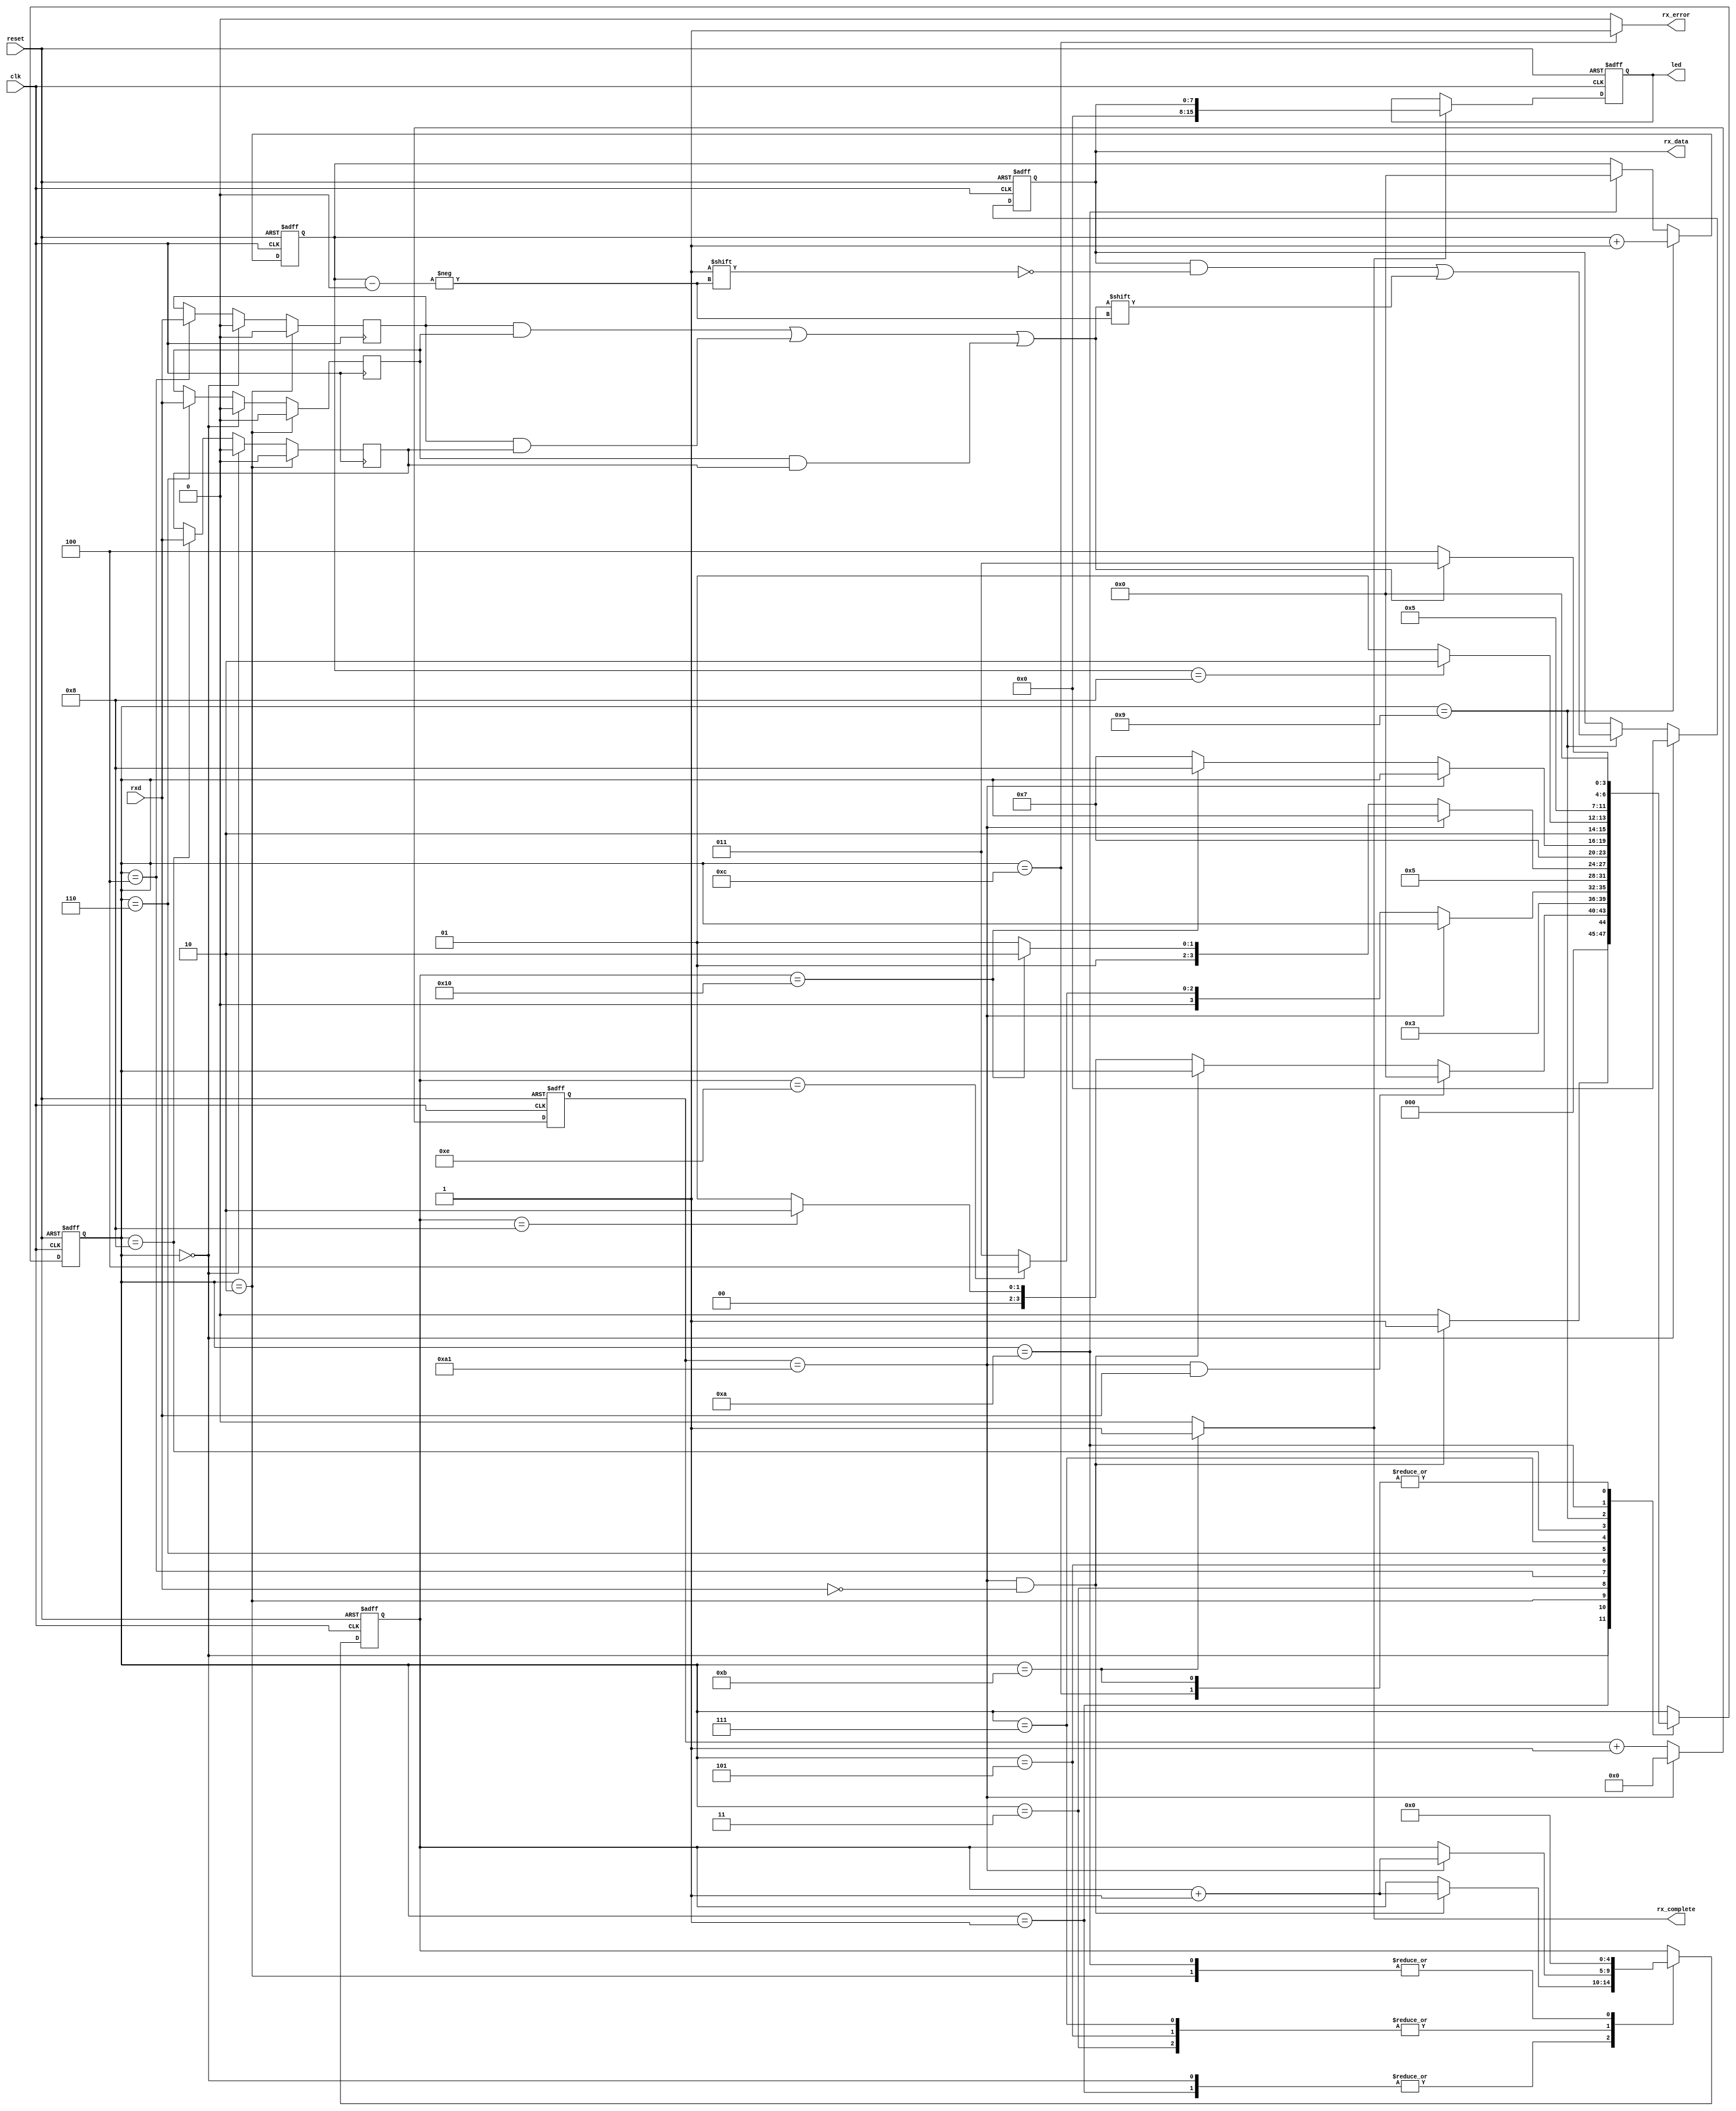
module uart_rx(
    input wire clk,
    input wire reset,
    input wire rxd,
    output reg [7:0] rx_data,
    output wire rx_complete,
    output wire rx_error,
    output reg [15:0] led
);

parameter sys_freq = 50000000; // 시스템 주파수, 50MHz 
parameter bps = 19200; // 보드레이트, 19200bps 
parameter division = 16; // 분주비, 16배

// State definition
parameter idle            = 4'd0;
parameter start_check     = 4'd1;
parameter cnt_2_rst       = 4'd2;
parameter first_wait      = 4'd3;
parameter first_sample    = 4'd4;
parameter second_wait     = 4'd5;
parameter second_sample   = 4'd6;
parameter third_wait      = 4'd7;
parameter third_sample    = 4'd8;
parameter data_decision   = 4'd9;
parameter stop_decision   = 4'd10;
parameter receive_complete = 4'd11;
parameter receive_error   = 4'd12;

reg [3:0] state, next_state;
reg [12:0] cnt_1;
reg [4:0] cnt_2;
reg [3:0] cnt_3;
reg b1, b2, b3;

// State register
always @(posedge clk or negedge reset) begin
    if (~reset)
        state <= idle;
    else
        state <= next_state;
end

// State transition logic
always @(state or cnt_1 or rxd or cnt_2 or cnt_3) begin
    case(state)
        idle : 
            if ((cnt_1 == (sys_freq/(bps*division)) - 1'b1) && (rxd == 1'b0))
                next_state = start_check;
            else
                next_state = idle;
        start_check : 
            if ((cnt_1 == (sys_freq/(bps*division)) - 1'b1) && (rxd == 1'b1))
                next_state = idle;
            else if ((cnt_1 == (sys_freq/(bps*division)) - 1'b1) && (rxd == 1'b0))
                next_state = state;
            else if (cnt_2 == 5'd8)
                next_state = cnt_2_rst;
            else
                next_state = start_check;
        cnt_2_rst : 
            next_state = first_wait;
        first_wait : 
            if ((cnt_1 == (sys_freq/(bps*division)) - 1'b1))
                next_state = state;
            else if (cnt_2 == 5'd14)
                next_state = first_sample;
            else
                next_state = first_wait;
        first_sample : 
            next_state = second_wait;
        second_wait : 
            if ((cnt_1 == (sys_freq/(bps*division)) - 1'b1))
                next_state = state;
            else if (cnt_2 == 5'd16)
                next_state = second_sample;
            else
                next_state = second_wait;
        second_sample : 
            next_state = third_wait;
        third_wait : 
            if ((cnt_1 == (sys_freq/(bps*division)) - 1'b1))
                next_state = state;
            else if (cnt_2 == 5'd16)
                next_state = third_sample;
            else
                next_state = third_wait;
        third_sample : 
            if (cnt_3 == 4'd8) // Include 8 data and 0 parity
                next_state = stop_decision;
            else
                next_state = data_decision;
        data_decision : 
            next_state = cnt_2_rst;
        stop_decision : 
            if (catch_bit == 1'b1)
                next_state = receive_complete;
            else
                next_state = receive_error;
        receive_complete : 
            next_state = idle;
        receive_error : 
            next_state = idle;
        default : next_state = state;
    endcase
end

//counter 1 Baudrate 보다 16배 빠른 속도로 데이터를 샘플링하기 위한 카운터
always @ (posedge clk or negedge reset) begin
    if (~reset)
        cnt_1 <= 0;
    else if ((cnt_1 == (sys_freq/(bps*division)) - 1'b1))
        cnt_1 <= 0;
    else
        cnt_1 <= cnt_1 + 1'b1;
end

//counter 2 데이터를 몇 개나 샘플링하였는지 확인하기 위한 용도
always @ (posedge clk or negedge reset) begin
    if (~reset)
        cnt_2 <= 0;
    else begin
    case(state)
        idle : 
            if ((cnt_1 == (sys_freq/(bps*division)) - 1'b1) && (rxd == 1'b0))
                cnt_2 <= cnt_2 + 1'b1;
            else
                cnt_2 <= cnt_2;
        start_check : 
            if ((cnt_1 == (sys_freq/(bps*division)) - 1'b1) && (rxd == 1'b0))
                cnt_2 <= cnt_2 + 1'b1;
            else
                cnt_2 <= cnt_2;
        first_wait : 
            if ((cnt_1 == (sys_freq/(bps*division)) - 1'b1))
                cnt_2 <= cnt_2 + 1'b1;
            else
                cnt_2 <= cnt_2;
        second_wait : 
            if ((cnt_1 == (sys_freq/(bps*division)) - 1'b1))
                cnt_2 <= cnt_2 + 1'b1;
            else
                cnt_2 <= cnt_2;
        third_wait : 
            if ((cnt_1 == (sys_freq/(bps*division)) - 1'b1))
                cnt_2 <= cnt_2 + 1'b1;
            else
                cnt_2 <= cnt_2;
        cnt_2_rst : 
            cnt_2 <= 0;
        stop_decision : 
            cnt_2 <= 0;
        default : cnt_2 <= cnt_2;
    endcase
    end
end

// Counter 3
always @ (posedge clk or negedge reset) begin
    if (~reset)
        cnt_3 <= 0;
    else if (state == data_decision)
        cnt_3 <= (cnt_3 + 1'b1);
    else if (state == stop_decision)
        cnt_3 <= 0;
    else
        cnt_3 <= cnt_3;
end

// Sampling bits
always @ (posedge clk) begin

    if (state == cnt_2_rst)
        b1 <= 1'b0;
    else if (state == idle)
        b1 <= 1'b0;
    else if (state == first_sample)
        b1 <= rxd;
    else
        b1 <= b1;
end

always @ (posedge clk) begin
    if (state == cnt_2_rst)
        b2 <= 1'b0;
    else if (state == idle)
        b2 <= 1'b0;
    else if (state == second_sample)
        b2 <= rxd;
    else
        b2 <= b2;
end

always @ (posedge clk) begin
    if (state == cnt_2_rst)
        b3 <= 1'b0;
    else if (state == idle)
        b3 <= 1'b0;
    else if (state == third_sample)
        b3 <= rxd;
    else
        b3 <= b3;
end

assign catch_bit = b1 & b2 | b1 & b3 | b2 & b3;

// Data registers
always @ (posedge clk or negedge reset) begin
    if (~reset)
        rx_data <= 8'b0000_0000;
    else begin
        if(state == idle)
            rx_data <= 8'd0;
        else if(state == data_decision)
            rx_data[cnt_3] <= catch_bit;
        else;
    end
end

// Complete bits
assign rx_complete = (state == receive_complete) ? 1'b1 : 1'b0;
assign rx_error = (state == receive_error) ? 1'b1 : 1'b0;

// LED 출력 제어
always @(posedge clk or negedge reset) begin
    if (~reset) begin
        led <= 16'b0000_0000_0000_0000;
    end else if (rx_complete) begin
        led <= rx_data;
    end
end

endmodule